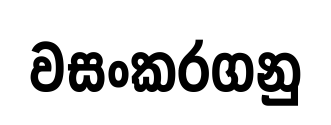
වසංකරගනු